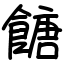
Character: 餹